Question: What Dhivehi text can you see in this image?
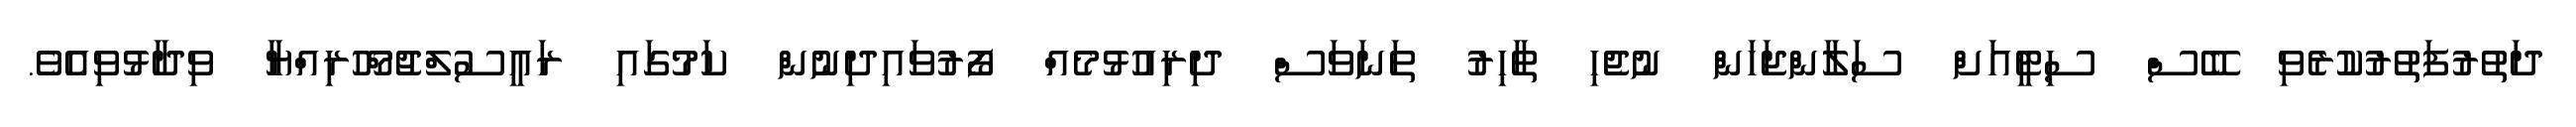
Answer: ދަތުރުފަތުރުކުރެވި ބޭސް ސިޓީއަށް ސަލާންޖަހަން ނުޖެހި ތާހިރު ތަނަވަސް ދިރިއުޅުމެއް ފޯރުވައިދިނުން ކަމުގައި ރައީސުލްޖުމްހޫރިއްޔާ ވިދާޅުވިއެވެ.